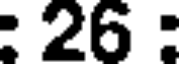
: 26 :